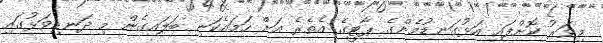
މިވަރު ކޮށްފައި އަޅުގަނޑުމެންގެ ޕާޓީގެ އެތެރެ އަށް ހަމައެކަނި ބަލައިގެން މި ދަނޑިވަޅުގައި